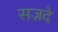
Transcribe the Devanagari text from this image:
सज़दे